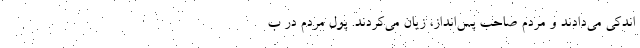
اندکی می‌دادند و مردم صاحب پس‌انداز، زیان می‌کردند. پول مردم در ب